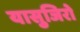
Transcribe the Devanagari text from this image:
यासुजिरो